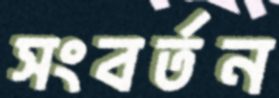
সংবর্তন